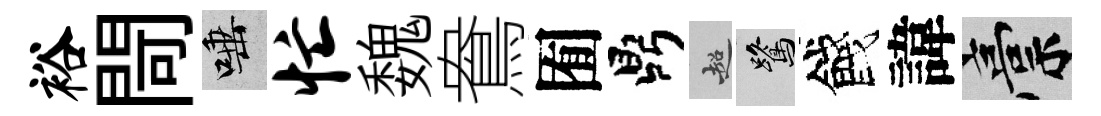
裕閜唾忙魏鴦囿鼎超鷺餞諱稿